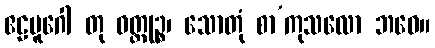
ဧဠမူဂေါ တု ဝတ္တုဉ္စ၊ သောတုံ စာ’ကုသလော ဘဝေ။